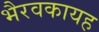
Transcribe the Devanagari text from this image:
भैरवकायह